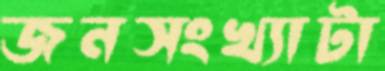
জনসংখ্যাটা